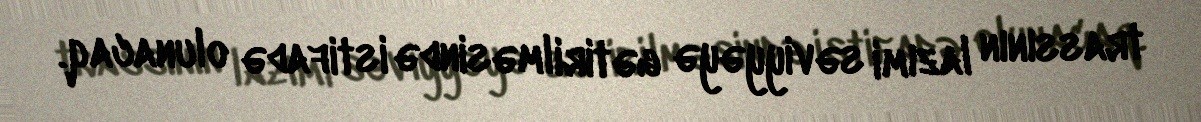
trassının lazımi səviyyəyə gətirilməsində istifadə olunacaq.